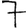
Digit: 7